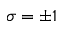
\sigma = \pm 1